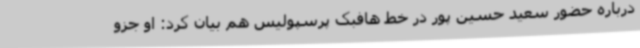
درباره حضور سعید حسین پور در خط هافبک پرسپولیس هم بیان کرد: او جزو